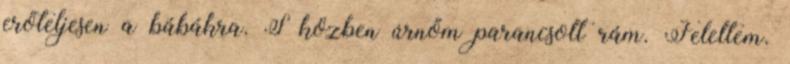
erőteljesen a bábákra. S közben úrnőm parancsolt rám. Feleltem.